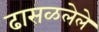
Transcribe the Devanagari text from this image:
ढासळलेले